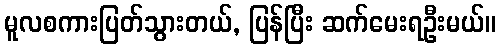
မူလစကားပြတ်သွားတယ်, ပြန်ပြီး ဆက်မေးရဦးမယ်။